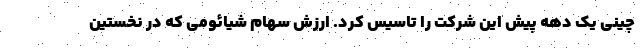
چینی یک دهه پیش این شرکت را تاسیس کرد. ارزش سهام شیائومی که در نخستین